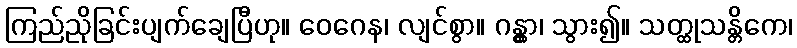
ကြည်ညိုခြင်းပျက်ချေပြီဟု။ ဝေဂေန၊ လျင်စွာ။ ဂန္တွာ၊ သွား၍။ သတ္ထုသန္တိကေ၊